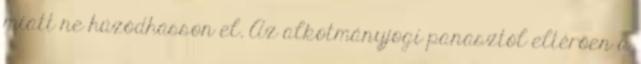
miatt ne húzódhasson el. Az alkotmányjogi panasztól eltérően a